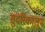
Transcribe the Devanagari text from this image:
सुंदरिकालुम